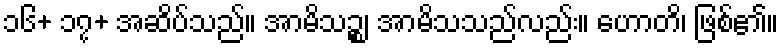
၁၆+ ၁၇+ အဆိပ်သည်။ အာမိသဉ္စ၊ အာမိသသည်လည်း။ ဟောတိ၊ ဖြစ်၏။